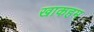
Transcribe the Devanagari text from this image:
खाकहम